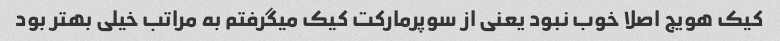
کیک هویج اصلا خوب نبود یعنی از سوپرمارکت کیک میگرفتم به مراتب خیلی بهتر بود